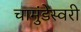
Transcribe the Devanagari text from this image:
चामुंडेस्वरी